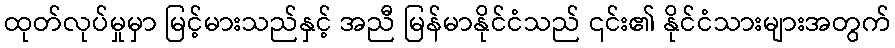
ထုတ်လုပ်မှုမှာ မြင့်မားသည်နှင့် အညီ မြန်မာနိုင်ငံသည် ၎င်း၏ နိုင်ငံသားများအတွက်